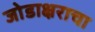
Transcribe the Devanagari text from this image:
जोडाक्षराचा